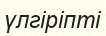
үлгіріпті